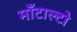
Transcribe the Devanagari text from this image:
माँटाल्टो